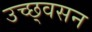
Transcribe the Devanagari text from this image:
उच्छ्वसन